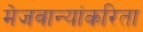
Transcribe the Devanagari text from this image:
मेजवान्यांकरिता